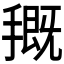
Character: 𭡰